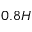
0 . 8 H